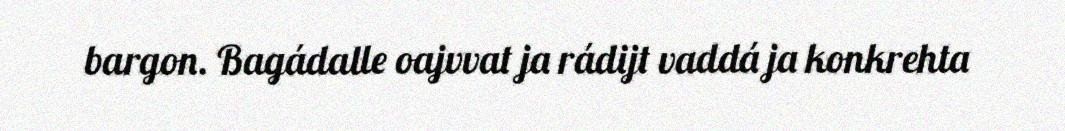
bargon. Bagádalle oajvvat ja rádijt vaddá ja konkrehta